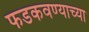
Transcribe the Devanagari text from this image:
फडकवण्याच्या